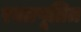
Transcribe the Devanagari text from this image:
रक्तपूतित